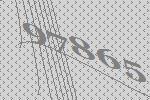
97865